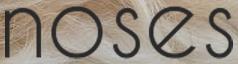
NOSES